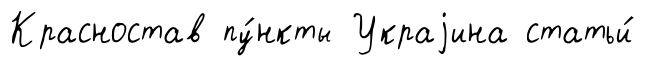
Красностав пу́нкты Украjина статьи́